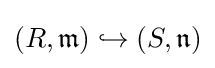
(R,{\mathfrak {m}})\hookrightarrow (S,{\mathfrak {n}})